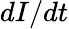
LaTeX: dI/dt